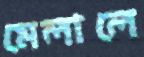
মেলালে